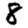
Digit: 8